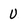
Character: U